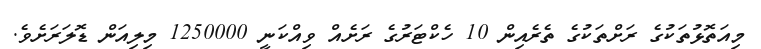
މިއަތޮޅުތަކުގެ ރަށްތަކުގެ ތެރެއިން 10 ހެކްޓަރުގެ ރަށެއް ވިއްކަނީ 1250000 މިލިއަން ޑޮލަރަށެވެ.